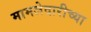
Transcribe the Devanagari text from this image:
मामलेदारीच्या